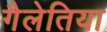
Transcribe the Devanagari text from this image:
गैलेतिया